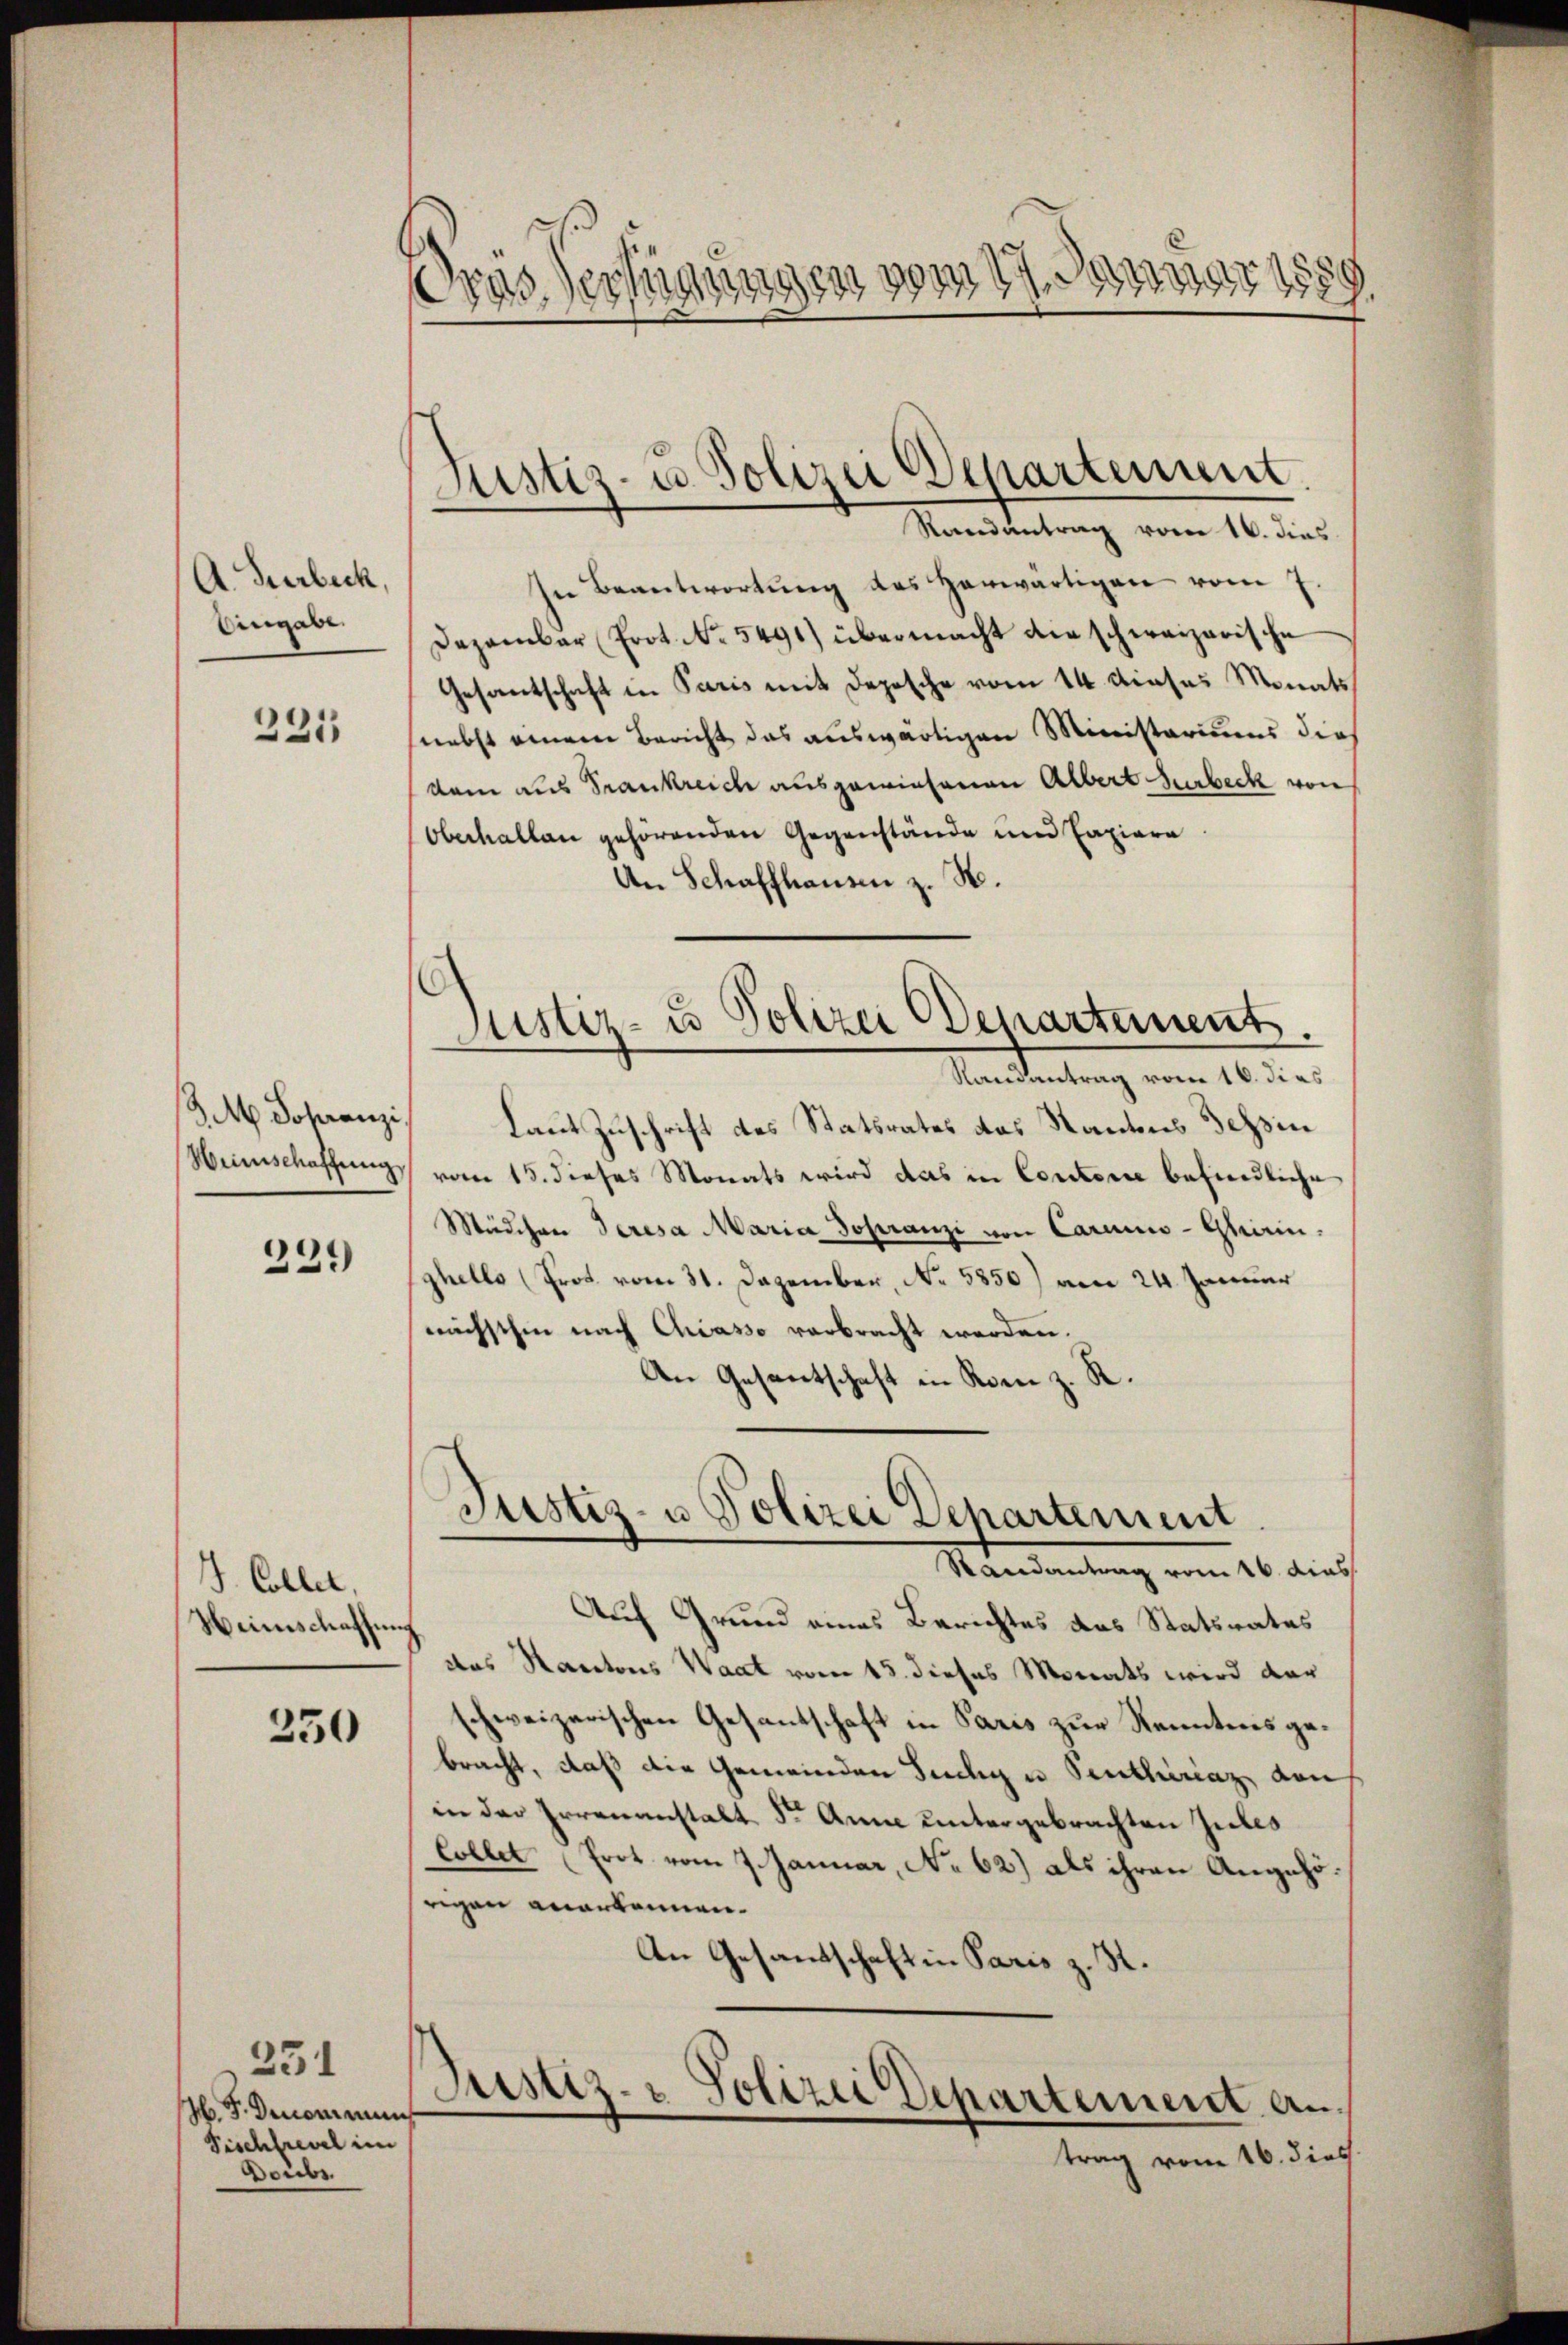
A. Turbeck,
Eingabe.

231

3 M. Schranzi
Heinschaffung

239

J. Collet,
Weinschaffung

250

H. F. Denommens
Fischfrevel im
Doube

251

2 890
d
dner 1889
pas Verstigen

Justiz- u. Polizei Departement.
Randantrag vom 16. dies

Justiz- u Polizei Departement

sie Beantwortŭng des herwärtigen vom 7.
Dezember (Prot. No. 5491) übermacht die schweizerische
Gesantschaft in Paris mit Depesche vom 14. dieses Monats
nebst einem Bericht das auswärtigen Ministeriums dies
dam aus Frankreich ausgewiesenen Albert Surbeck von
Oberhallen gehörenden Gegenstände und Capiere
An Schaffhausen z. B.
Justiz- u Polizei Departement.
Randantrag vom 16. di as
Laut Zuschrift des Statsrates das Kantons Tessin
vom 15. dieses Monats wird das in Contorie befindliche
Mädchen Jeresa Maria Hofranzi von Carciis-Gherin-
ghello (Prot vom 31. Dezember, No. 5850) am 24. Januar
nächsthin nach Chiasso verbracht werden.
An Gesantschaft in Rom z. R.

Randantrag vom 16. dies
Auf Grund eines Berichtes das Statsrates
das Kantons Waat vom 15. dieses Monats wird der
schweizerischen Gesantschaft in Paris zur Kenntens gebracht, daß die Gemeinden Juchy u. Sentirenz den
in der Irrenanstalt Dr. Anne untergebrachten Jubes
Collet (Erot vom 7. Januar, No 62) als ihren Angehörigen anerkennen.
An Gesandtschaft in Paris z. R.
Justiz- & Polizei Departement antrag vom 16. dies